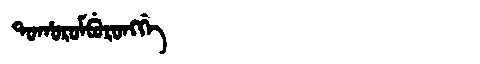
Manchu: ᡨᠣᡥᠣᡵᠣᠮᠪᡠᡵᠣᠩᡤᡝ
Romanization: TOHOROMBURONGGE